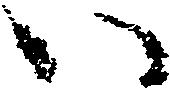
以